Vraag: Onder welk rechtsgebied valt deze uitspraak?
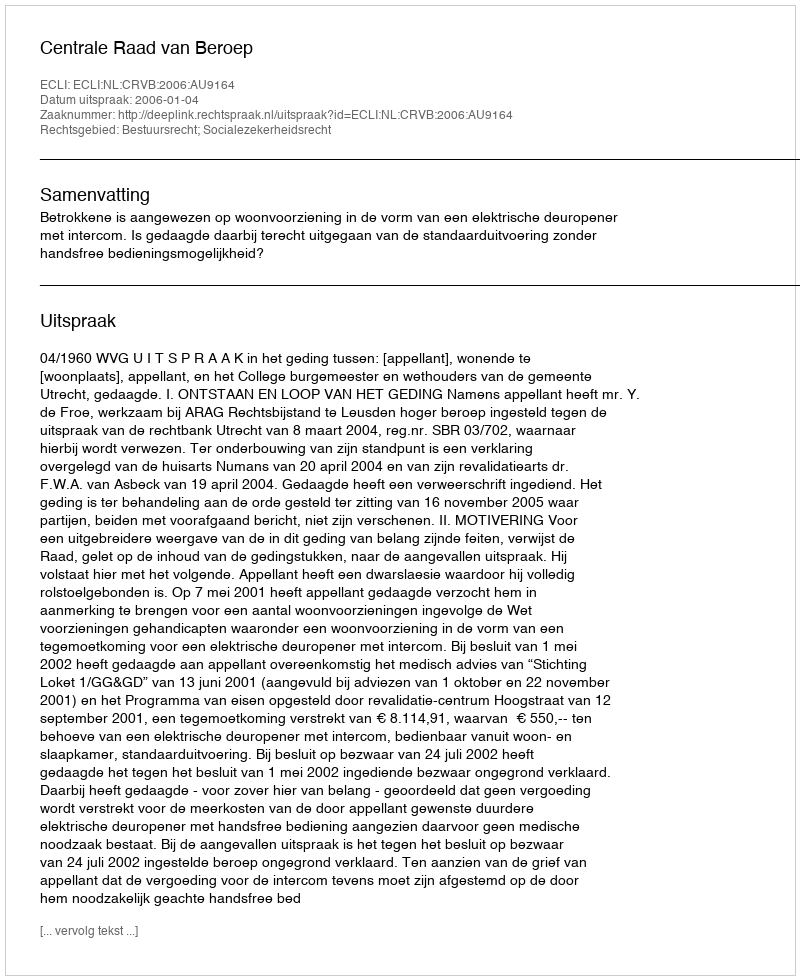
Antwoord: Bestuursrecht; Socialezekerheidsrecht